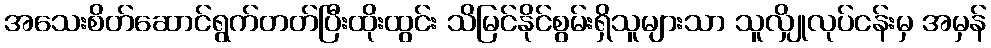
အသေးစိတ်ဆောင်ရွက်တတ်ပြီးထိုးထွင်း သိမြင်နိုင်စွမ်းရှိသူများသာ သူလျှိုလုပ်ငန်းမှ အမှန်